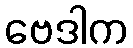
ဗေဒါက